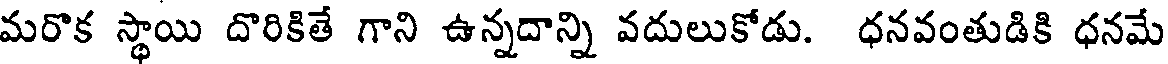
మరొక స్థాయి దొరికితే గాని ఉన్నదాన్ని వదులుకోడు. ధనవంతుడికి ధనమే